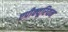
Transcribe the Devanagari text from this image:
एपीक्यूरियन